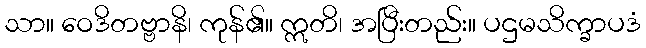
သာ။ ဝေဒိတဗ္ဗာနိ၊ ကုန်၏။ ဣတိ၊ အပြီးတည်း။ ပဌမသိက္ခာပဒံ